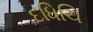
દધિચિ